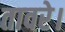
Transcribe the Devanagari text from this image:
तावरे।